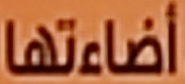
أضاءتها